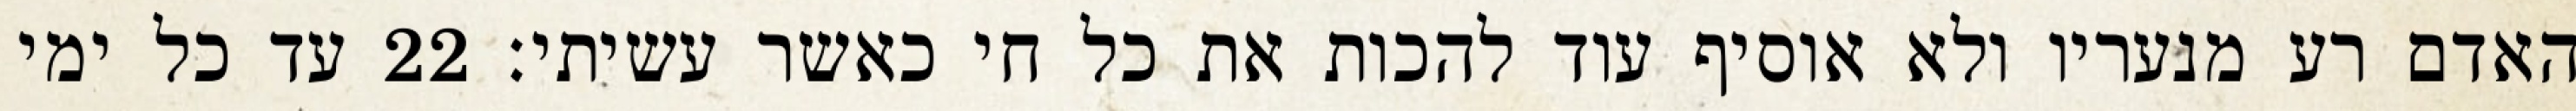
האדם רע מנעריו ולא אוסיף עוד להכות את כל חי כאשר עשיתי׃ ‎22‏ עד כל ימי